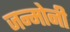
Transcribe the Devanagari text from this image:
जन्मोनी